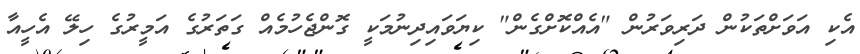
އެކި އަވަށްތަކުން ދަރިވަރުން "އެއްކޮށްގެން" ކިޔަވައިދިނުމަކީ ގޮންޖެހުމެއް ގަތަރުގެ އަމީރުގެ ހިލޭ އެހީއާ